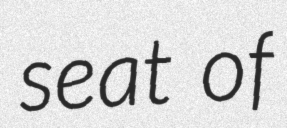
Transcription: seat of